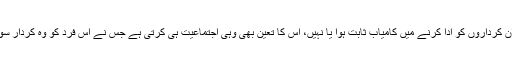
وہ اپنے اُن کرداروں کو ادا کرنے میں کامیاب ثابت ہوا یا نہیں، اس کا تعین بھی وہی اجتماعیت ہی کرتی ہے جس نے اُس فرد کو وہ کردار سونپے ہیں۔